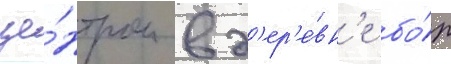
це́нтром в д'ер'е́вн'е бо́р